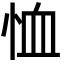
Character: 恤